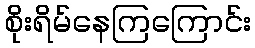
စိုးရိမ်နေကြကြောင်း